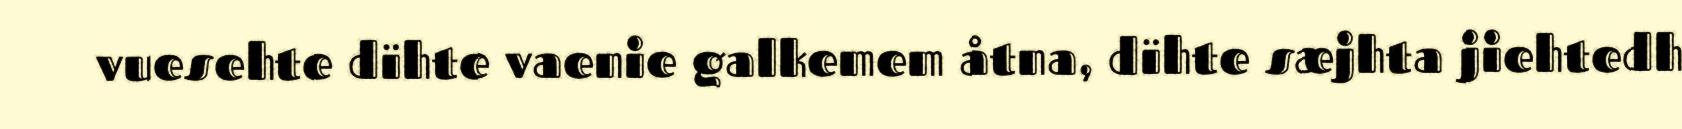
vuesehte dïhte vaenie galkemem åtna, dïhte sæjhta jiehtedh